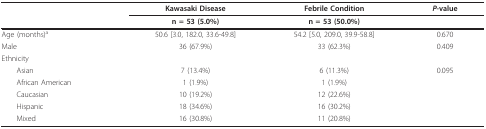
<table><thead><tr><td></td><td><b>Kawasaki Disease</b></td><td><b>Febrile Condition</b></td><td><b><i>P</i>-value</b></td></tr><tr><td></td><td><b>n = 53 (5.0%)</b></td><td><b>n = 53 (50.0%)</b></td><td></td></tr></thead><tbody><tr><td>Age (months)<sup>a</sup></td><td>50.6 [3.0, 182.0, 33.6-49.8]</td><td>54.2 [5.0, 209.0, 39.9-58.8]</td><td>0.670</td></tr><tr><td>Male</td><td>36 (67.9%)</td><td>33 (62.3%)</td><td>0.409</td></tr><tr><td colspan="3">Ethnicity</td><td></td></tr><tr><td> Asian</td><td>7 (13.4%)</td><td>6 (11.3%)</td><td>0.095</td></tr><tr><td> African American</td><td>1 (1.9%)</td><td>1 (1.9%)</td><td></td></tr><tr><td> Caucasian</td><td>10 (19.2%)</td><td>12 (22.6%)</td><td></td></tr><tr><td> Hispanic</td><td>18 (34.6%)</td><td>16 (30.2%)</td><td></td></tr><tr><td> Mixed</td><td>16 (30.8%)</td><td>11 (20.8%)</td><td></td></tr></tbody></table>